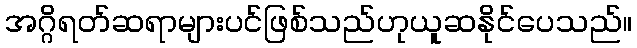
အဂ္ဂိရတ်ဆရာများပင်ဖြစ်သည်ဟုယူဆနိုင်ပေသည်။